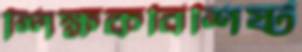
শিক্ষকবিশিষ্ট